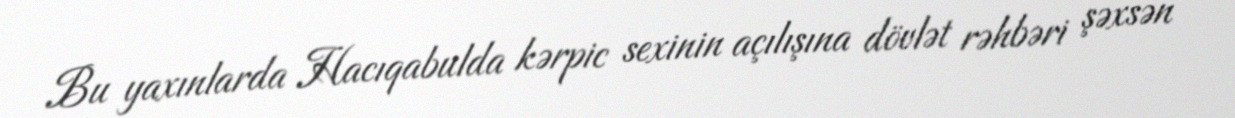
Bu yaxınlarda Hacıqabulda kərpic sexinin açılışına dövlət rəhbəri şəxsən